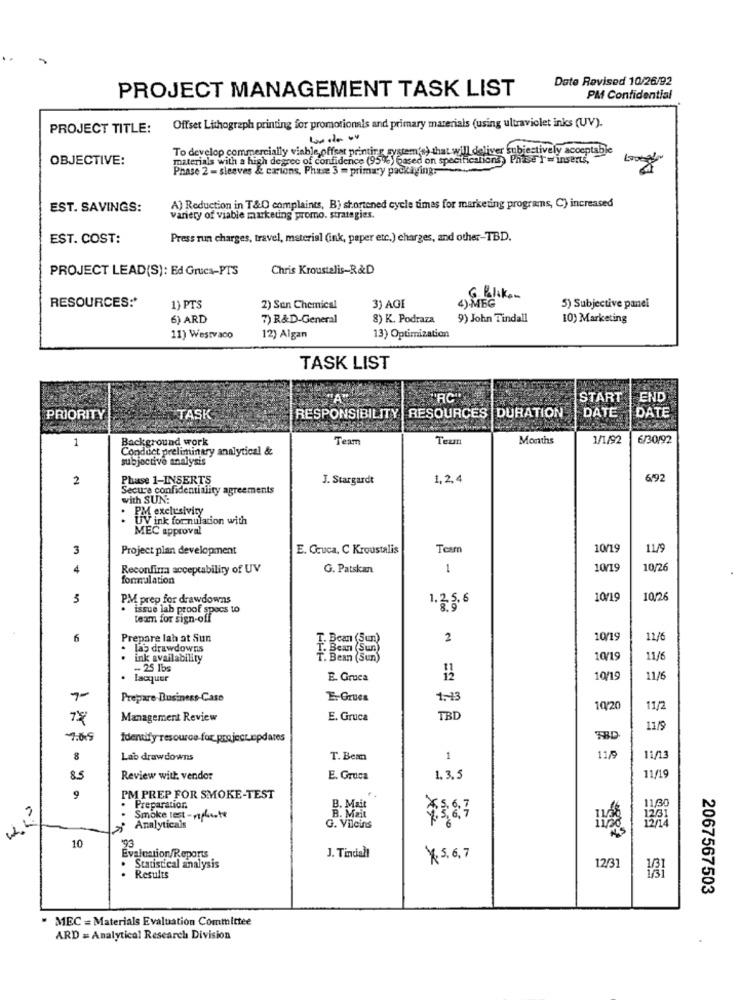
Date Revised 10/26/92
PROJECT MANAGEMENT TASK LIST
PM Confidential
PROJECT TITLE:
Offset Lithograph printing for promotionals and primary materials (using ultraviolet inks (UV).
To develop commercially viable, offear printing system's) that will deliver
ubiestively acceptable
OBJECTIVE:
materials with a high degree of confidence (95%) based on specifications) Phibe Y = inserts,
Phase 2 - sleeves & cartons, Phase 3 = primary packaging.
EST. SAVINGS:
A) Reduction in T&O complaints, B) shortened cycle timas for marketing programs, C) increased
variety of viable marketing promo. strategies.
EST. COST:
Press run charges, travel, material (ink, peper etc.) charges, and other-TBD.
PROJECT LEAD(S): Ed Grues-PTS
Chris Kroustelis-R&D
RESOURCES :*
3) AGE
6. Koliken
1) PTS
2) San Chemical
4).MEG
5) Subjective panel
6) ARD
7) R&D-General
8) K. Podraza
9) John Tindall
10) Marketing
11) Westvaco
12) Algan
13) Optimization
TASK LIST
'RC"
START
END
PRIORITY
TASK
RESPONSIBILITY | RESOURCES |DURATION
DATE
DATE
1
Background work
Team
Tezm
Months
1/1/92
6/30/92
Conduct preliminary analytical &
subjective analysis
2
Phase 1-INSERTS
J. Stargardt
1,2, 4
6192
Secure confidentiality agreements
with SUN:
PM exclusivity
UV ink for nulation with
MEC approval
3
Project plan development
E. Cauca, C Kroustalis
Team
10/19
11/9
4
Reconfirm acceptability of UV
G. Patskan
1
10/19
10/26
formulation
3
PM prep for drawdowns
1.2.5.6
10/19
10,26
issue lab proof specs to
team for sign-off
6
Prepare lah at Sun
2
10/19
11/6
las drawdowns
ink availability
T. Bean (Sun)
10/19
11/6
- 25 1bs
. Lacquer
E. Gruca
10/19
11/6
7-
Prepare Business-Case
E. Grues
1.13
10/20
11/2
Management Review
E. Gruca
TBD
11/5
7:05
Identify resource for project_updates
8
Lab drawdowns
T. Bean
1
11/9
85
Review with vendor
E. Groca
1. 3.5
11/19
9
PM PREP FOR SMOKE-TEST
Preparation
B. Mait
11/30
Smoke rest - replicate
B. Mait
¥387
12/31
> Analyticals
G. Vileins
12/1
10
193
Évaluation/Reports
J. Tincial!
× 5. 6, 7
. Statistical analysis
12/31
. Results
2067567503
" MEC = Materials Evaluation Committee
ARD = Analytical Research Division